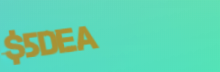
$5Deal